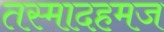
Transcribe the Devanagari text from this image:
तस्मादहमज